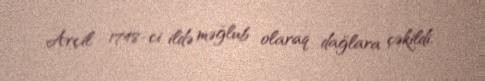
Arçil 1748-ci ildə məğlub olaraq dağlara çəkildi.